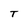
Character: T